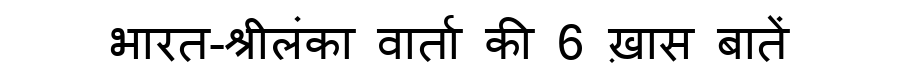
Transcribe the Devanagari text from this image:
भारत-श्रीलंका वार्ता की 6 ख़ास बातें